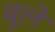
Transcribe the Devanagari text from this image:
बूले